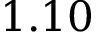
1 . 1 0